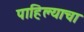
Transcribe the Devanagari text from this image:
पाहिल्याचा